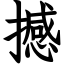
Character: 撼